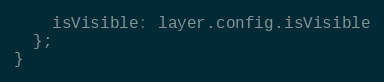
Language: JavaScript
    isVisible: layer.config.isVisible
  };
}